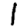
Digit: 1